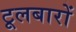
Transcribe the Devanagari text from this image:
टूलबारों